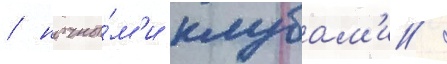
/ ночны́м'и клубам'и /